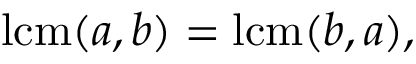
\operatorname { l c m } ( a , b ) = \operatorname { l c m } ( b , a ) ,